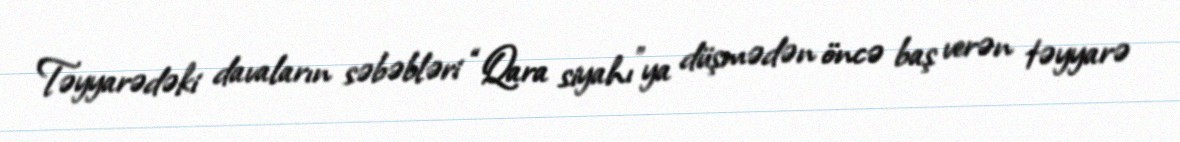
Təyyarədəki davaların səbəbləri “Qara siyahı”ya düşmədən öncə baş verən təyyarə